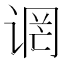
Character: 𫍬